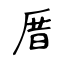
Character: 厝